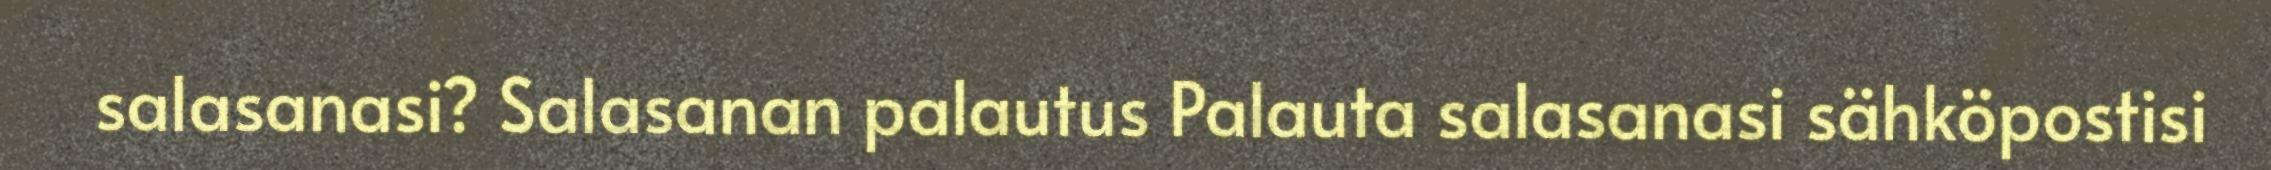
salasanasi? Salasanan palautus Palauta salasanasi sähköpostisi